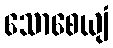
သောစေယျံ